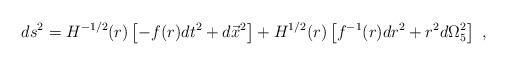
LaTeX: \begin{align*} ds^2 = H^{-1/2}(r) \left[ - f(r) dt^2 + d\vec{x}^2 \right] +H^{1/2}(r) \left[f^{-1} (r) dr^2 + r^2 d\Omega_5^2 \right] \ ,\end{align*}